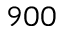
9 0 0